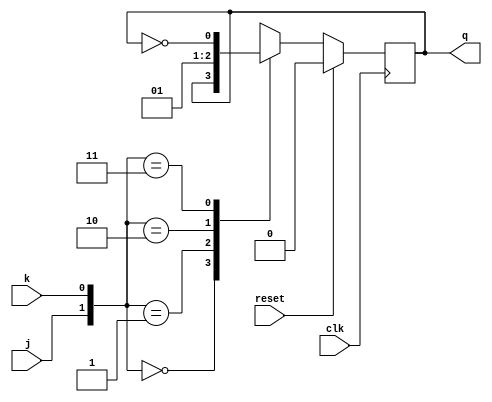
`timescale 1ns / 1ps
//////////////////////////////////////////////////////////////////////////////////
// Company: 
// Engineer: 
// 
// Design Name: 
// Module Name:    jk 
// Project Name: 
// Target Devices: 
// Tool versions: 
// Description: 
//
// Dependencies: 
//
// Revision: 
// Revision 0.01 - File Created
// Additional Comments: 
//
//////////////////////////////////////////////////////////////////////////////////
module jk(clk,reset,j,k,q);
input clk,reset,j,k;
output q;
reg q;
always@(posedge clk)
begin
if(reset==1)
q=0;
else
case({j,k})
2'b00:q=q;
2'b01:q=1'b0;
2'b10:q=1'b1;
2'b11:q=~q;
endcase
end
endmodule